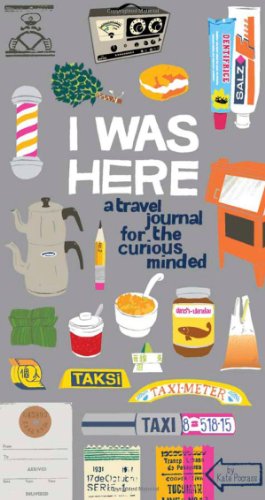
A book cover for I Was Here: A Travel Journal for the Curious Minded; Kate Pocrass; Travel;